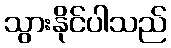
သွားနိုင်ပါသည်